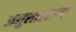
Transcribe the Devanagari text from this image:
अनुसारठाणे